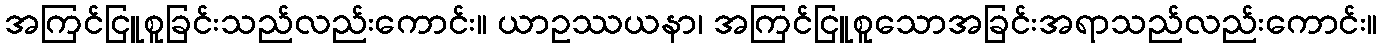
အကြင်ငြူစူခြင်းသည်လည်းကောင်း။ ယာဥဿယနာ၊ အကြင်ငြူစူသောအခြင်းအရာသည်လည်းကောင်း။